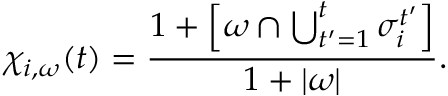
\chi _ { i , \omega } ( t ) = \frac { 1 + \Big [ \omega \cap \bigcup _ { t ^ { \prime } = 1 } ^ { t } \sigma _ { i } ^ { t ^ { \prime } } \Big ] } { 1 + | \omega | } .